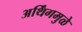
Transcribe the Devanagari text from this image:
अर्थिंगमुळे